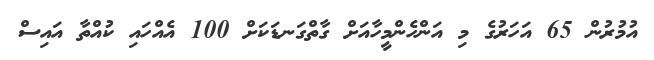
އުމުރުން 65 އަހަރުގެ މި އަންހެންމީހާއަށް ގާތްގަނޑަކަށް 100 އެއްހައި ކުއްތާ އައިސް